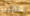
ممتنا